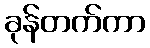
ခုန်တက်ကာ